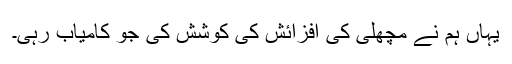
یہاں ہم نے مچھلی کی افزائش کی کوشش کی جو کامیاب رہی۔